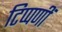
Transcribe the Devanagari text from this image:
टिप्पणीं